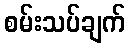
စမ်းသပ်ချက်